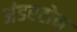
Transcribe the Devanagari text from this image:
अंडरटोन